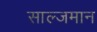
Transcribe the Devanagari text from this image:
साल्जमान